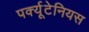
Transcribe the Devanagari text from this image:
पर्क्यूटेनियस